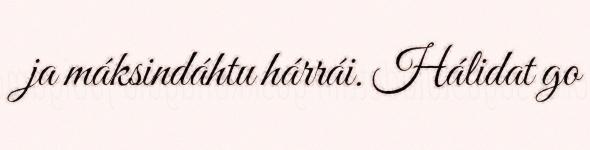
ja máksindáhtu hárrái. Hálidat go